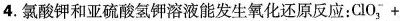
4.氯酸钾和亚硫酸氢钾溶液能发生氧化还原反应：\mathrm{CIO}_{3}^{-}+